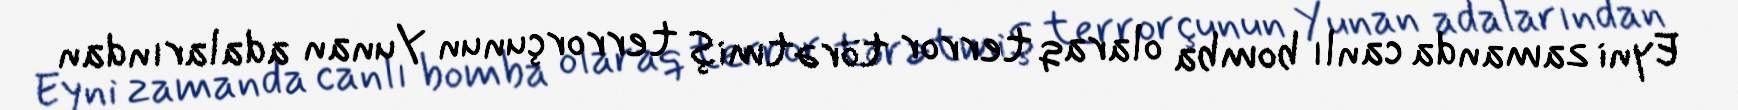
Eyni zamanda canlı bomba olaraq terror törətmiş terrorçunun Yunan adalarından